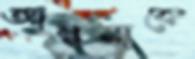
আল্পনাকে